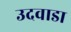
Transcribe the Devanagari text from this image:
उदवाडा